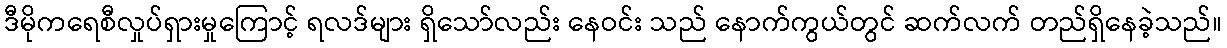
ဒီမိုကရေစီလှုပ်ရှားမှုကြောင့် ရလဒ်များ ရှိသော်လည်း နေဝင်း သည် နောက်ကွယ်တွင် ဆက်လက် တည်ရှိနေခဲ့သည်။